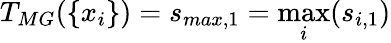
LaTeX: T_{MG}(\{ x_{i}\} )=s_{max,1}=\operatorname*{max}_{i}(s_{i,1})